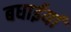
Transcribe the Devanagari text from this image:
बधाईयां